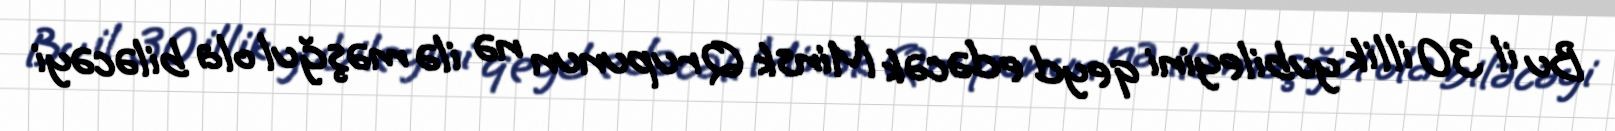
Bu il 30 illik yubileyini qeyd edəcək Minsk Qrupunun nə ilə məşğul ola biləcəyi